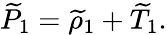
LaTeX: \widetilde{P}_{1}=\widetilde{\rho}_{1}+\widetilde{T}_{1}.